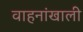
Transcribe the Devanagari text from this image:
वाहनांखाली